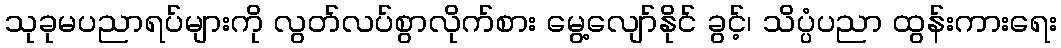
သုခုမပညာရပ်များကို လွတ်လပ်စွာလိုက်စား မွေ့လျော်နိုင် ခွင့်၊ သိပ္ပံပညာ ထွန်းကားရေး